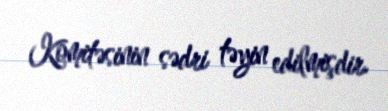
Komitəsinin sədri təyin edilmişdir.